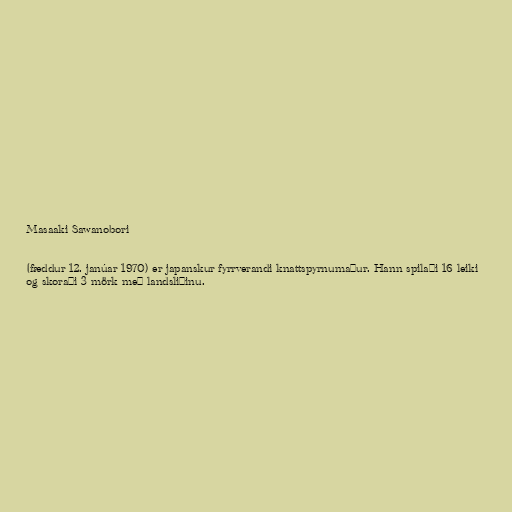
Masaaki Sawanobori

(fæddur 12. janúar 1970) er japanskur fyrrverandi knattspyrnumaður. Hann spilaði 16 leiki
og skoraði 3 mörk með landsliðinu.